Proceedings of the meeting of veterinary officers in India
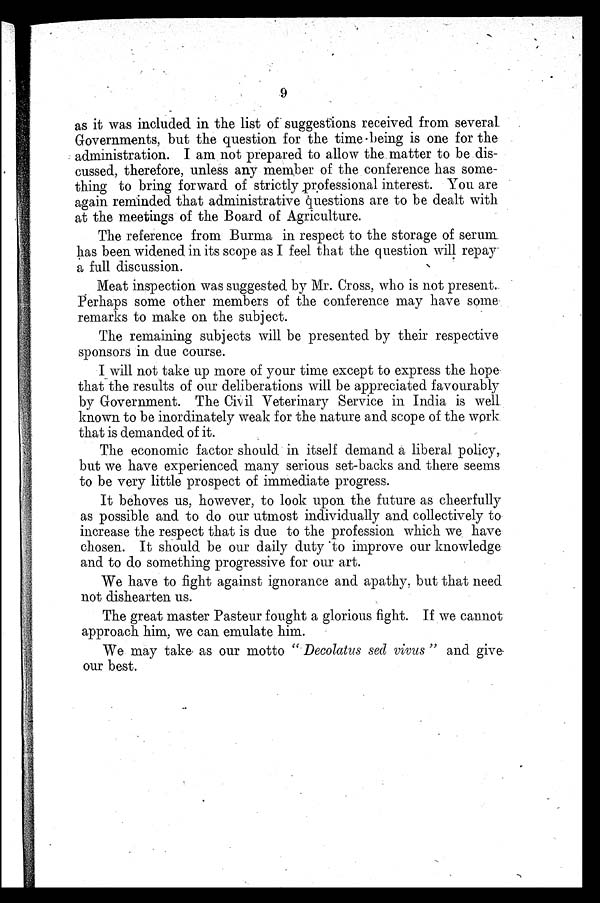
9
as it was included in the list of suggestions received from several.
Governments, but the question for the time being is one for the
administration. I am not prepared to allow the matter to be dis-
cussed, therefore, unless any member of the conference has some-
thing to bring forward of strictly professional interest. You are
again reminded that administrative questions are to be dealt with
at the meetings of the Board of Agriculture.
The reference from Burma in respect to the storage of serum
has been widened in its scope as I feel that the question will repay
a full discussion.
Meat inspection was suggested by Mr. Cross, who is not present.
Perhaps some other members of the conference may have some
remarks to make on the subject.
The remaining subjects will be presented by their respective
sponsors in due course.
I will not take up more of your time except to express the hope
that the results of our deliberations will be appreciated favourably
by Government. The Civil Veterinary Service in India is well
known to be inordinately weak for the nature and scope of the work
that is demanded of it.
The economic factor should in itself demand a liberal policy,
but we have experienced many serious set-backs and there seems
to be very little prospect of immediate progress.
It behoves us, however, to look upon the future as cheerfully
as possible and to do our utmost individually and collectively to
increase the respect that is due to the profession which we have
chosen. It should be our daily duty "to improve our knowledge
and to do something progressive for our art.
We have to fight against ignorance and apathy, but that need
not dishearten us.
The great master Pasteur fought a glorious fight. If we cannot
approach him, we can emulate him.
We may take as our motto "Decolatus sed vivus" and give
our best.